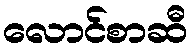
လောင်စာဆီ